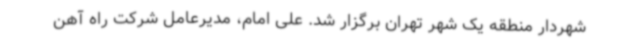
شهردار منطقه یک شهر تهران برگزار شد. علی امام، مدیرعامل شرکت راه آهن